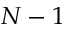
N - 1